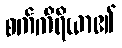
စက်ကိရိယာ၏